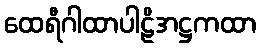
ထေရီဂါထာပါဠိအဋ္ဌကထာ